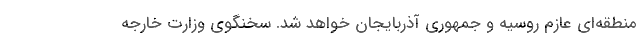
منطقه‌ای عازم روسیه و جمهوری آذربایجان خواهد شد. سخنگوی وزارت خارجه